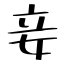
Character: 妾